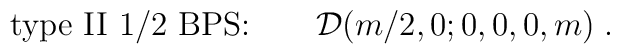
\mbox{type II 1/2 BPS:} \qquad    {\cal D}(m/2, 0; 0,0,0,m)\;.